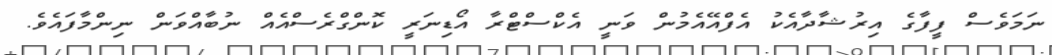
ނަމަވެސް ފީފާގެ އިރުޝާދާއެކު އެފްއޭއެމުން ވަނީ އެކްސްޓްރާ އޯޑިނަރީ ކޮންގްރެސްއެއް ނުބާއްވަން ނިންމާފައެވެ.